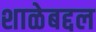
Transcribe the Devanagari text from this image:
शाळेबद्दल